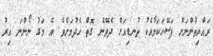
ރައްޔިތުންނަށް ފަސޭހަކަމާއެކު ތުނޑިއަށް ދެވޭނެ ގޮތް ހެދުމަށެވެ. އެ މަގު ނޯންނަ އިރު